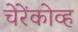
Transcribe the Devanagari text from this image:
चेरेंकोव्ह